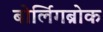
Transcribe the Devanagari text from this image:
बोर्लिगब्रोक